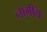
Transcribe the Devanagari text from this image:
नामीय